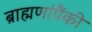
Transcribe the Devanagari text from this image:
ब्राह्मणांपैंकी